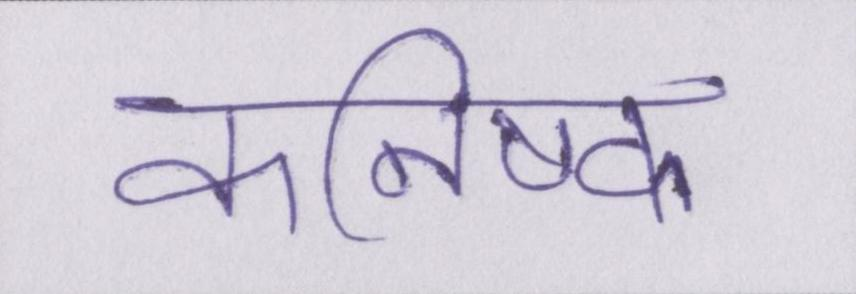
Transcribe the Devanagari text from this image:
कनिष्क